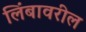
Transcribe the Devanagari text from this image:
लिंबावरील